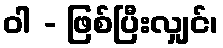
ဝါ - ဖြစ်ပြီးလျှင်၊